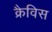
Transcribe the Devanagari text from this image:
क्रैविस